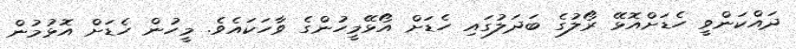
ދައްކަންވީ ހެޑަށްއޮޅޭ ރޯލުގެ ބަދަލުގައި ހެޑަށް އޯޅޭމީހުންގެ ވާހަކައެވެ. މީހުން ހެޑަށް އޮޅުމުން